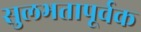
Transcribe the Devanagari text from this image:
सुलभतापूर्वक